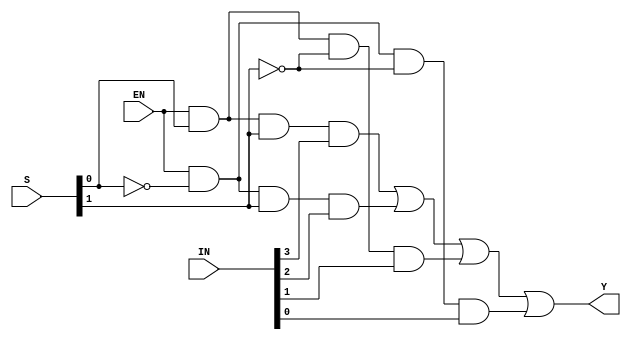
module mux_4_1_logic (

	// Inputs
	input [3:0] IN,
	input [1:0] S,
	input EN,
	
	// Outputs
	output Y
);
	wire x0, x1, x2, x3;

	assign x3 = (EN)&(S[0])&(S[1])&(IN[3]);
	assign x2 = (EN)&(~S[0])&(S[1])&(IN[2]);
	assign x1 = (EN)&(S[0])&(~S[1])&(IN[1]);
	assign x0 = (EN)&(~S[0])&(~S[1])&(IN[0]);

	assign Y = x3 | x2 | x1 | x0;

endmodule